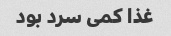
غذا کمی سرد بود